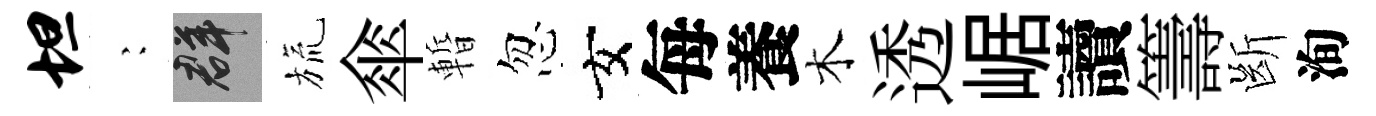
坦巍群旒傘暫忽女每養木透崌讀籌㫁洵